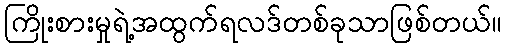
ကြိုးစားမှုရဲ့အထွက်ရလဒ်တစ်ခုသာဖြစ်တယ်။